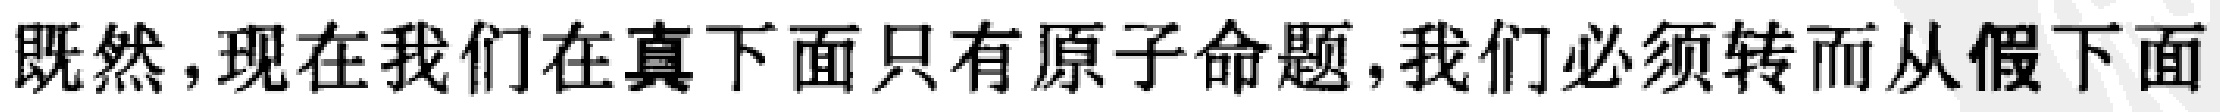
既然,现在我们在真下面只有原子命题,我们必须转而从假下面